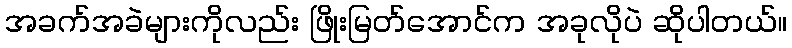
အခက်အခဲများကိုလည်း ဖြိုးမြတ်အောင်က အခုလိုပဲ ဆိုပါတယ်။